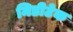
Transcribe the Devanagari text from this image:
मिडीटेक